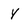
Character: Y